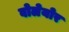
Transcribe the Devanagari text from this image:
वोलेयोर